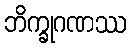
ဘိက္ခုဂဏဿ